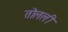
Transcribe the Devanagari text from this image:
तोलली